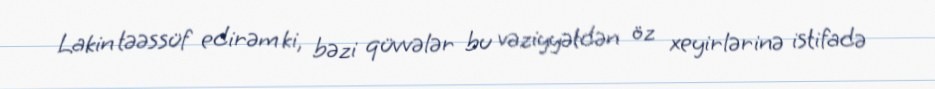
Lakin təəssüf edirəm ki, bəzi qüvvələr bu vəziyyətdən öz xeyirlərinə istifadə